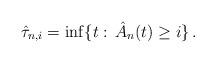
LaTeX: \begin{align*} \hat\tau_{n,i}=\inf\{t:\,\hat A_n(t)\ge i\}\,.\end{align*}